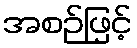
အစဉ်ဖြင့်